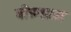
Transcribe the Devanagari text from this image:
बीरुवाला